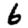
Digit: 6